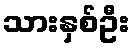
သားနှစ်ဦး